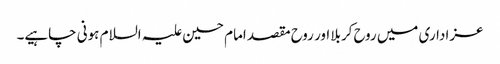
عزاداری میں روح کربلا اور روح مقصد امام حسین علیہ السلام ہونی چاہیے۔